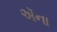
ઍના